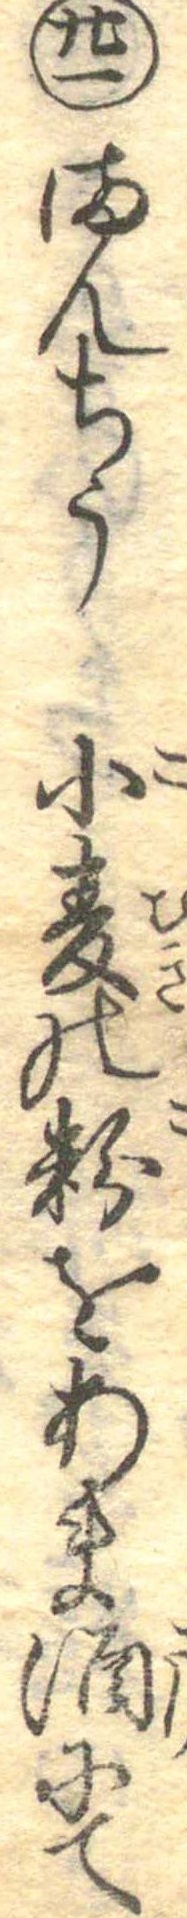
廿一まんちう小麦の粉をあま酒にて